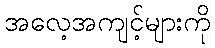
အလေ့အကျင့်များကို